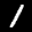
Label: 1